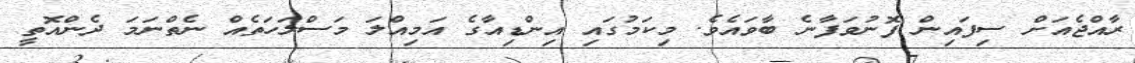
ރާއްޖެއަށް ސިފައިން ފޮނުވަފާނެ ބާވައެވެ. މިކަމުގައި އިންޑިއާގެ އަމިއްލަ މަސްލަހަތެއް ނެތްނަމަ ދެންއޮތީ